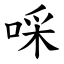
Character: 啋